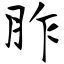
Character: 胙